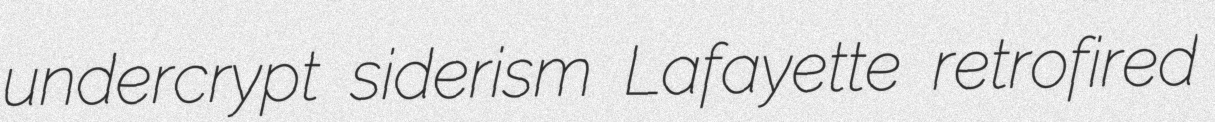
undercrypt siderism Lafayette retrofired